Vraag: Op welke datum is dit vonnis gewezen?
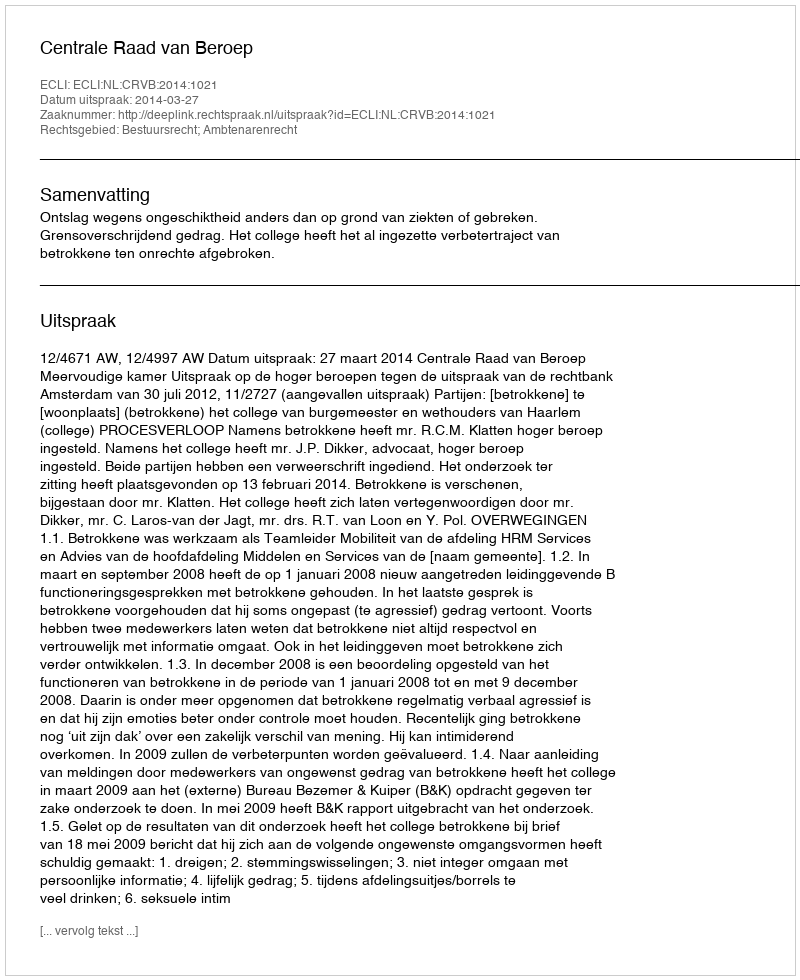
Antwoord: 2014-03-27